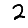
Digit: 2